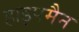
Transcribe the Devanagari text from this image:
हाइपमैन